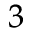
^ 3